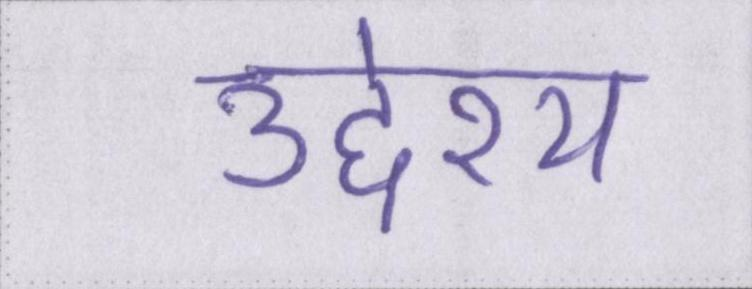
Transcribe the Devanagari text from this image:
उद्देश्य